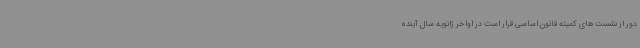
دور از نشست های کمیته قانون اساسی قرار است در اواخر ژانویه سال آینده